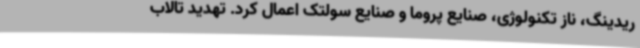
ریدینگ، ناز تکنولوژی، صنایع پروما و صنایع سولتک اعمال کرد. تهدید تالاب